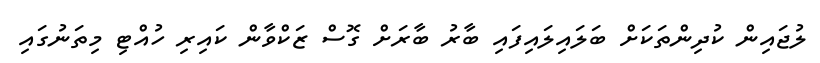
ލުޖައިން ކުދިންތަކަށް ބަލައިލައިފައި ބާރު ބާރަށް ގޮސް ޒަކްވާން ކައިރި ހުއްޓި މިތަނުގައި